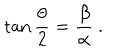
\tan \frac { \theta } { 2 } = \frac { \beta } { \alpha } \ .